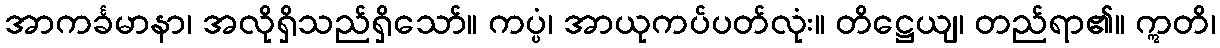
အာကင်္ခမာနာ၊ အလိုရှိသည်ရှိသော်။ ကပ္ပံ၊ အာယုကပ်ပတ်လုံး။ တိဋ္ဌေယျ၊ တည်ရာ၏။ ဣတိ၊